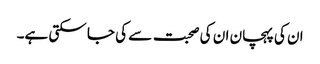
ان کی پہچان ان کی صحبت سے کی جا سکتی ہے۔